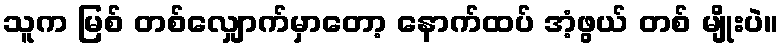
သူက မြစ် တစ်လျှောက်မှာတော့ နောက်ထပ် အံ့ဖွယ် တစ် မျိုးပဲ။